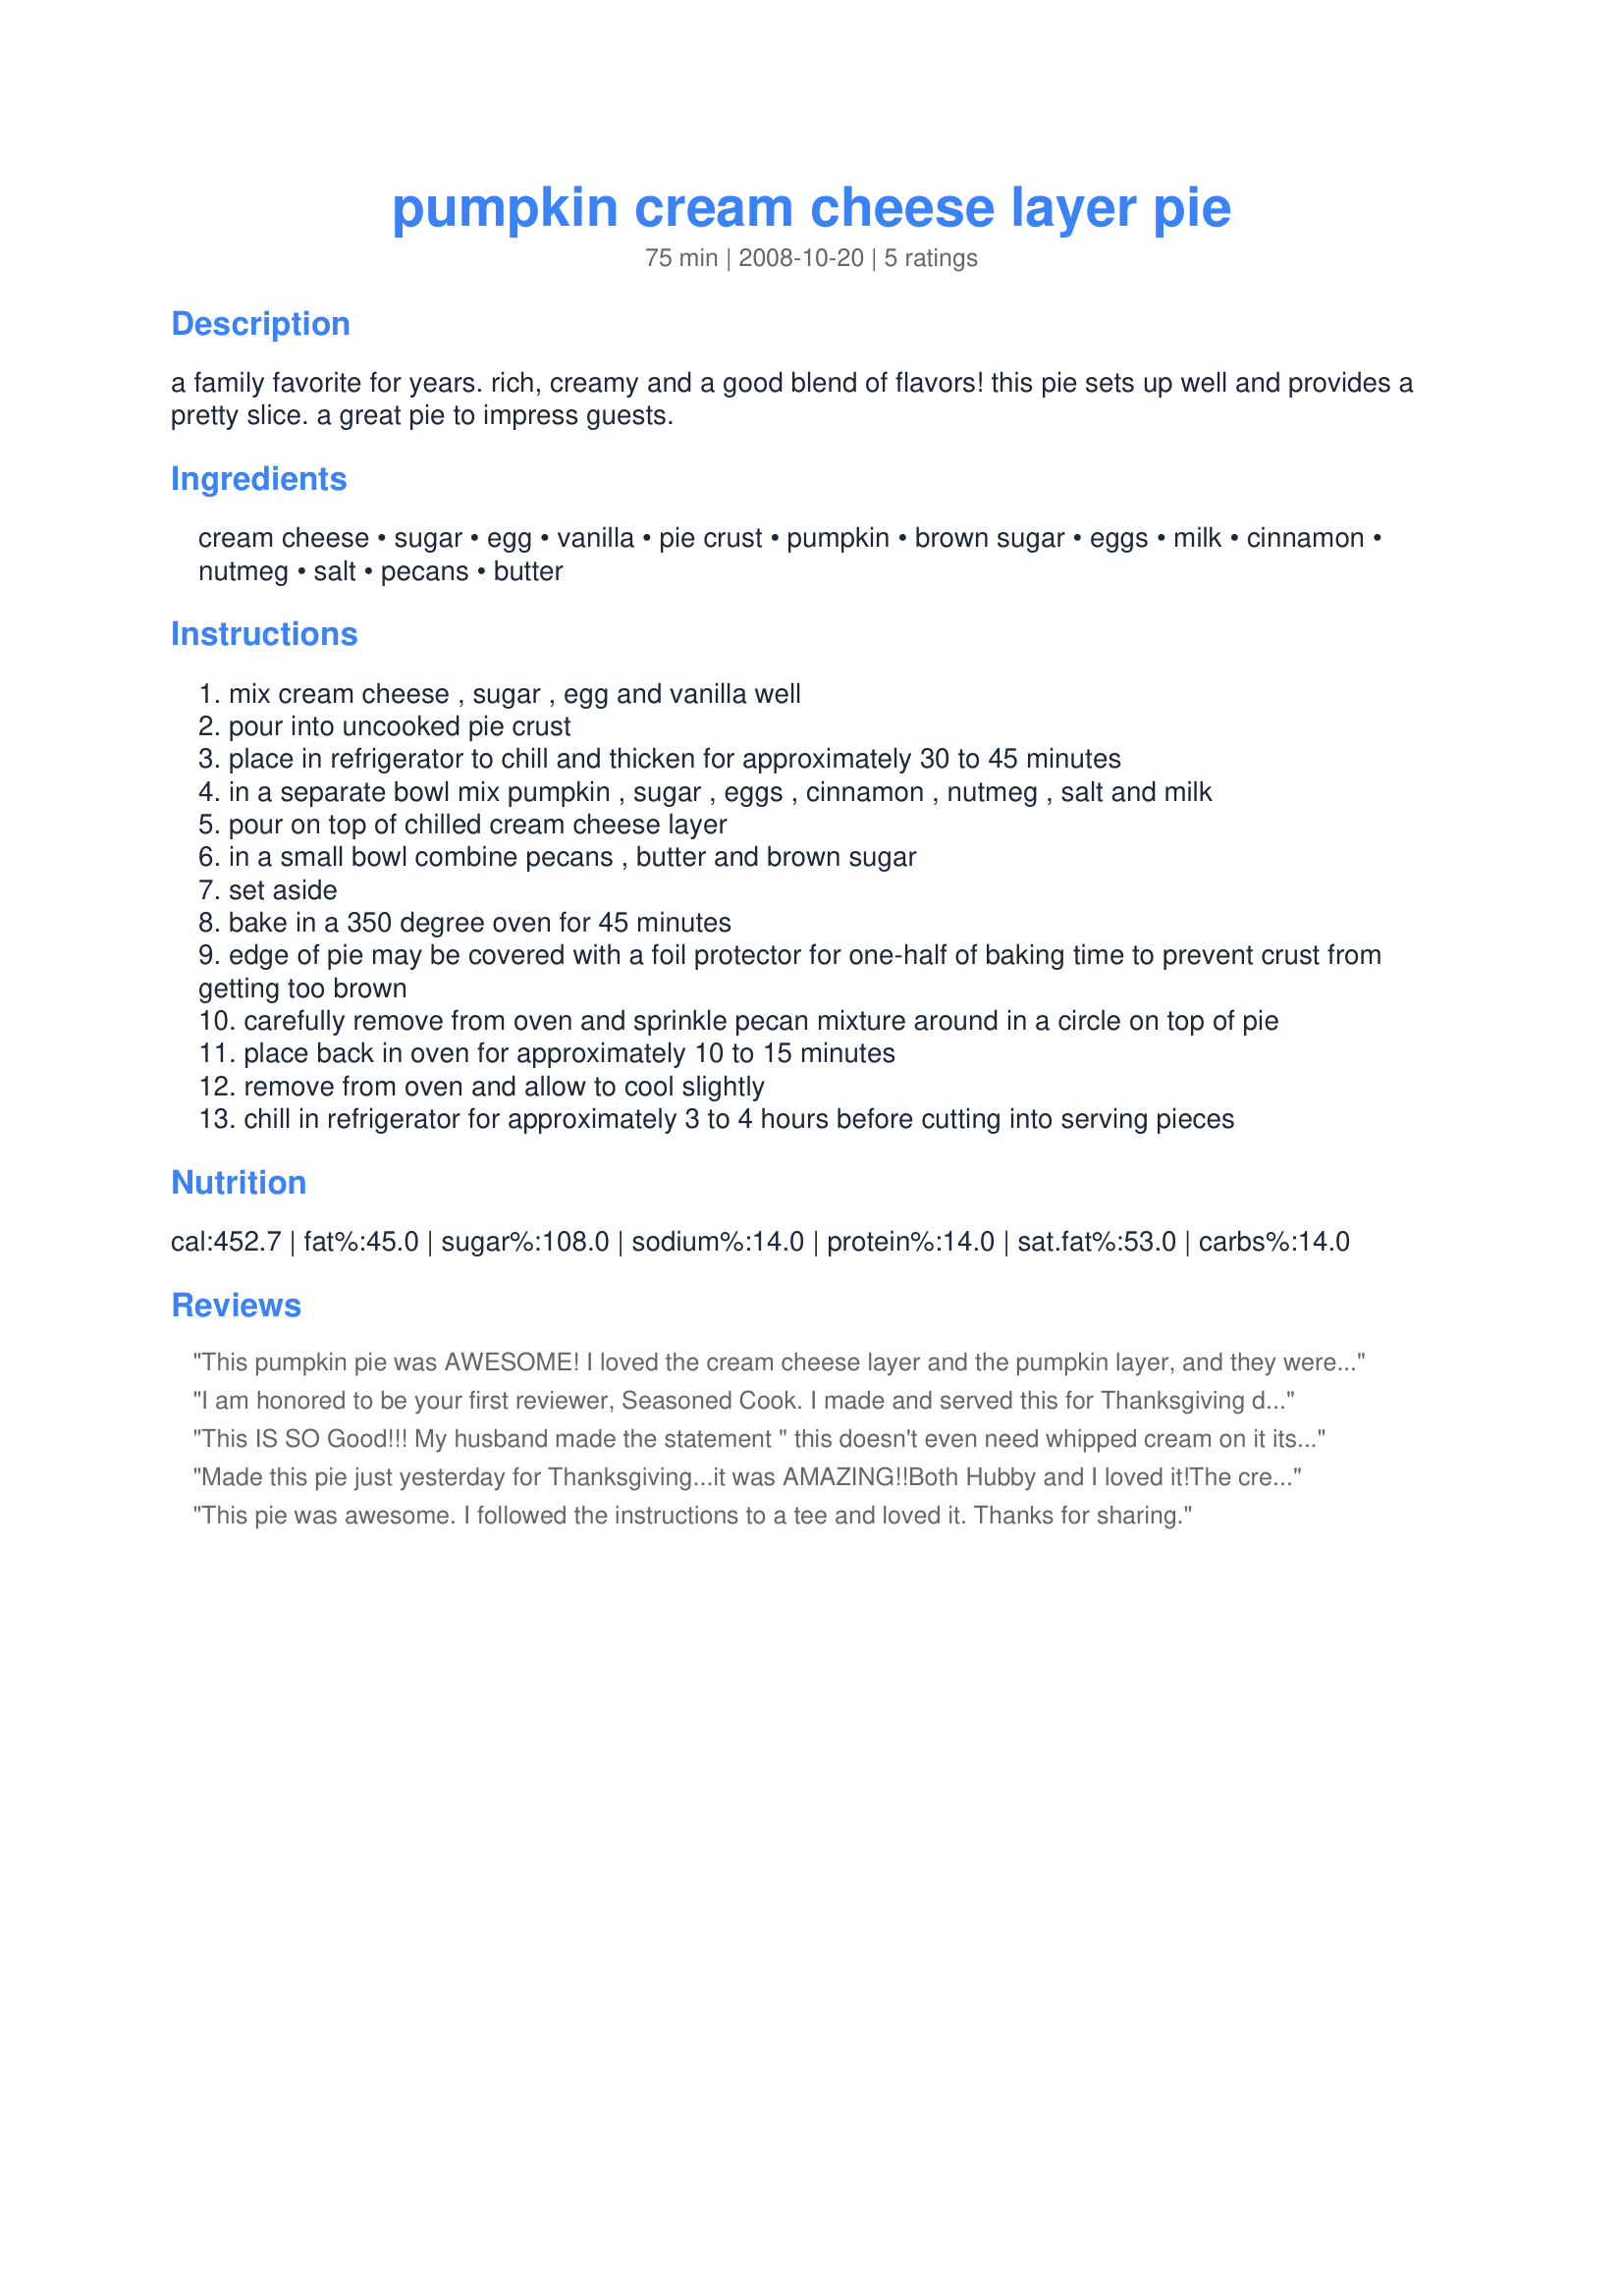
pumpkin cream cheese layer pie
Preparation time: 75 minutes

a family favorite for years. rich, creamy and a good blend of flavors! this pie sets up well and provides a pretty slice. a great pie to impress guests.

Ingredients:
cream cheese, sugar, egg, vanilla, pie crust, pumpkin, brown sugar, eggs, milk, cinnamon, nutmeg, salt, pecans, butter

Steps:
mix cream cheese , sugar , egg and vanilla well
pour into uncooked pie crust
place in refrigerator to chill and thicken for approximately 30 to 45 minutes
in a separate bowl mix pumpkin , sugar , eggs , cinnamon , nutmeg , salt and milk
pour on top of chilled cream cheese layer
in a small bowl combine pecans , butter and brown sugar
set aside
bake in a 350 degree oven for 45 minutes
edge of pie may be covered with a foil protector for one-half of baking time to prevent crust from getting too brown
carefully remove from oven and sprinkle pecan mixture around in a circle on top of pie
place back in oven for approximately 10 to 15 minutes
remove from oven and allow to cool slightly
chill in refrigerator for approximately 3 to 4 hours before cutting into serving pieces

Reviews:
This pumpkin pie was AWESOME! I loved the cream cheese layer and the pumpkin layer, and they were great together! I did vary the crust. I had some leftover brownies that I did not want to throw away so I made them into crumbs and made a brownie crumb crust for the pie. It got rave reviews from my guests and my DH and I both enjoyed it too!!
I am honored to be your first reviewer, Seasoned Cook. I made and served this for Thanksgiving dinner, and it received rave reviews from the crowd! The mixture of cream cheese and pumpkin is heavenly, and the ring of pecans on top - - to die for!
Thanks for sharing the recipe. It will be on my holiday menu for years to come.
This IS SO Good!!! My husband made the statement " this doesn't even need whipped cream on it its so good"
Made this pie just yesterday for Thanksgiving...it was AMAZING!!Both Hubby and I loved it!The cream cheese layer was as close to a &quot;cheesecake&quot;type of pie that one can get! As I was making it...tasting as I went...mixing together..I could tell right away that for our personal taste It needed more sugar in both mixes-say 1/3cup in ea mix- I also had to add more spices as I felt the cream cheese layer was rich and the spices wouldnt really come through.I added 1 tspn more cinnamon,1/4 tspn ground cloves,1/8 tspn ground cardamon,and I used mace instead of nutmeg as thats what I had-so a good dash more of that.My pie took longer to cook as well-maybe due to the extra sugar?Any way it was a tad more then an hour to cook.In the end...THE only pumpkin pie I think will be made for holidays now!Thanks you so very much for a nice pie thats different yet still says turkey day!
This pie was awesome. I followed the instructions to a tee and loved it. Thanks for sharing.
